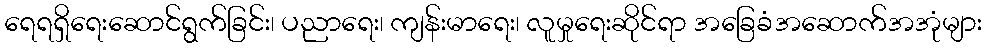
ရေရရှိရေးဆောင်ရွက်ခြင်း၊ ပညာရေး၊ ကျန်းမာရေး၊ လူမှုရေးဆိုင်ရာ အခြေခံအဆောက်အအုံများ